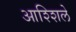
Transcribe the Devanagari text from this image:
आश्शिले